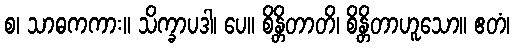
စ၊ သာဓကကား။ သိက္ခာပဒါ၊ ပေ။ စိန္တိတာတိ၊ စိန္တိတာဟူသော။ ဧတံ၊